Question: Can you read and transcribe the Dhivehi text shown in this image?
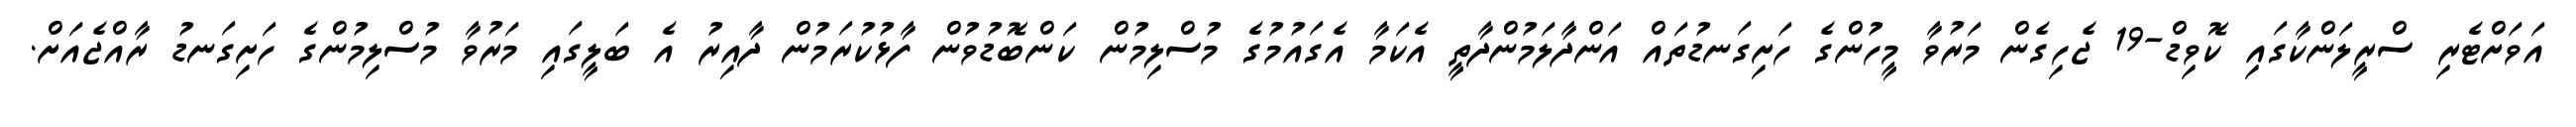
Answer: އަވަށްޓެރި ސްރީލަންކާގައި ކޮވިޑް-19 ޖެހިގެން މަރުވާ މީހުންގެ ހަށިގަނޑުތައް އަންދާލަމުންދާތީ އެކަމާ އެގައުމުގެ މުސްލިމުން ކަންބޮޑުވުން ފާޅުކުރަމުން ދާއިރު އެ ބަލީގައި މަރުވާ މުސްލިމުންގެ ހަށިގަނޑު ރާއްޖެއަށް.